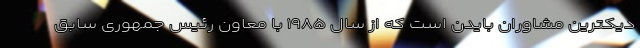
دیکترین مشاوران بایدن است که از سال ۱۹۸۵ با معاون رئیس جمهوری سابق